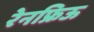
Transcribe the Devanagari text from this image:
रेनफ्रिऊ